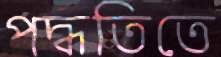
পদ্ধতিতে